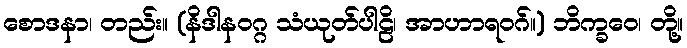
စောဒနာ၊ တည်း။ (နိဒါနဝဂ္ဂ သံယုတ်ပါဠိ၊ အာဟာရဝဂ်။) ဘိက္ခဝေ၊ တို့။